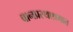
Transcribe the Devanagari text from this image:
वानप्रस्थाश्रमात